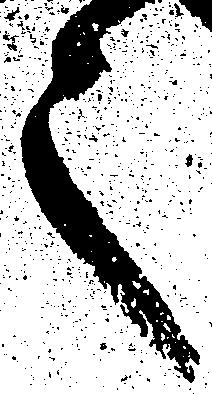
之